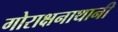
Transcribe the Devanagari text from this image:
गोराक्षनाथानी